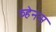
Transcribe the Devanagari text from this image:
व्हेनस्